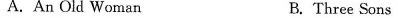
A.An Old Woman B.Three Sons